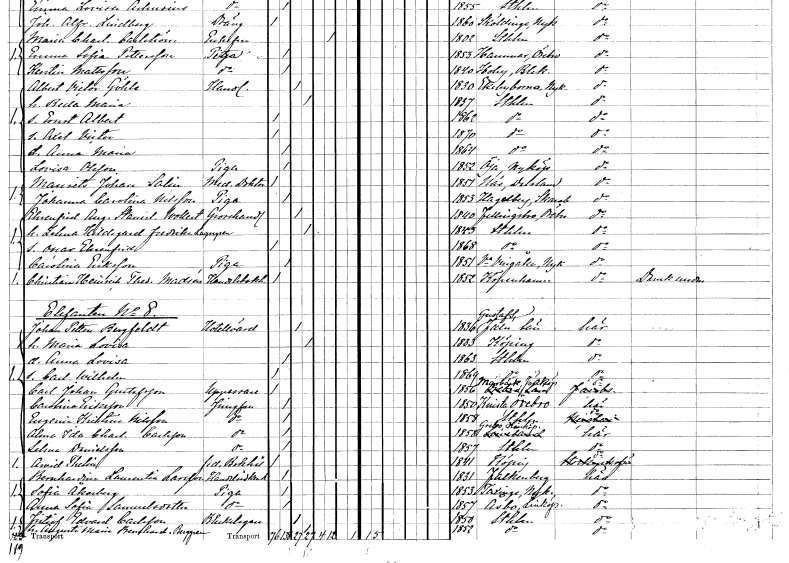
gt_parse: households: individuals: FN: Maurits Johan
EN: Salin
YRKE: Medicine doktor
KON: M
CIV: O
FODAR: 1851
FODFORS: Näs Jämtlands län
FN: Johanna Carolina
EN: Nilsson
YRKE: Piga
KON: K
CIV: O
FODAR: 1853
FODFORS: Hagelberg Skaraborgs län
FN: Ehrenfrid August Stanislaus
EN: Wollert
YRKE: Grosshandlare
KON: M
CIV: G
FODAR: 1840
FODFORS: Fellingsbro Örebro län
FN: Zelma Hildegard Fredrika
EN: Lagergren
KON: K
CIV: G
FODAR: 1843
FODFORS: Stockholm
FN: Oscar Ehrenfrid
KON: M
CIV: O
FODAR: 1868
FODFORS: Stockholm
FN: Carolina
EN: Eriksson
YRKE: Piga
KON: K
CIV: O
FODAR: 1851
FODFORS: Västra Vingåker Södermanlands län
FN: Christian Heinrich Theodor
EN: Madsén
YRKE: Handelsbokhållare
KON: M
CIV: O
FODAR: 1852
FN: Johan Petter
EN: Bergfeldt
YRKE: Hotellvärd
KON: M
CIV: G
FODAR: 1836
FODFORS: Gustafs Kopparbergs län
FN: Maria Lovisa
KON: K
CIV: G
FODAR: 1833
FODFORS: Köping Västmanlands län
FN: Anna Lovisa
KON: K
CIV: O
FODAR: 1863
FODFORS: Stockholm
FN: Carl Wilhelm
KON: M
CIV: O
FODAR: 1869
FODFORS: Stockholm
FN: Carl Johan
EN: Gustafsson
YRKE: Uppassare
KON: M
CIV: O
FODAR: 1856
FODFORS: Marbäck Jönköpings län
FN: Carolina
EN: Eriksson
YRKE: Jungfru
KON: K
CIV: O
FODAR: 1850
FODFORS: Knista Örebro län
FN: Eugenia Kristina
EN: Nilsson
YRKE: Jungfru
KON: K
CIV: O
FODAR: 1858
FODFORS: Stockholm
FN: Alma Ida Charlotta
EN: Carlsson
YRKE: Jungfru
KON: K
CIV: O
FODAR: 1858
FODFORS: Grebo Östergötlands län
FN: Selma
EN: Danielsson
YRKE: Jungfru
KON: K
CIV: O
FODAR: 1857
FODFORS: Stockholm
FN: Arvid
EN: Thelin
YRKE: Bokhållare f.d.
KON: M
CIV: O
FODAR: 1841
FODFORS: Köping Västmanlands län
FN: Bernhardina Laurentia
EN: Larsson
YRKE: Handelsidkerska
KON: K
CIV: O
FODAR: 1831
FODFORS: Falkenberg Hallands län
FN: Sofia
EN: Åkerberg
YRKE: Piga
KON: K
CIV: O
FODAR: 1853
FODFORS: Taxinge Stockholms län
FN: Anna Sofia
EN: Samuelsdotter
YRKE: Piga
KON: K
CIV: O
FODAR: 1857
FODFORS: Åsbo Östergötlands län
FN: Fritiof Edvard
EN: Carlsson
YRKE: Bleckslagare
KON: M
CIV: G
FODAR: 1850
FODFORS: Stockholm
FN: Augusta Maria Bernhardina
EN: Berggren
KON: K
CIV: G
FODAR: 1852
FODFORS: Stockholm